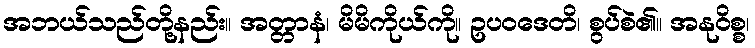
အဘယ်သည်တို့နည်း။ အတ္တာနံ၊ မိမိကိုယ်ကို။ ဥပဝဒေတိ၊ စွပ်စဲ၏။ အနုဝိစ္စ၊